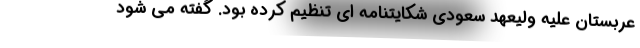
عربستان علیه ولیعهد سعودی شکایتنامه ای تنظیم کرده بود. گفته می شود